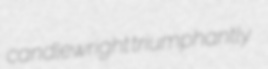
candlewright triumphantly